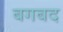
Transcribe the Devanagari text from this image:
बगबद